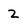
Character: 2